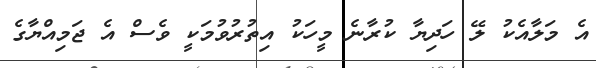
އެ މަލާއެކު ލޭ ހަދިޔާ ކުރާނެ މީހަކު އިތުރުވުމަކީ ވެސް އެ ޖަމިއްޔާގެ